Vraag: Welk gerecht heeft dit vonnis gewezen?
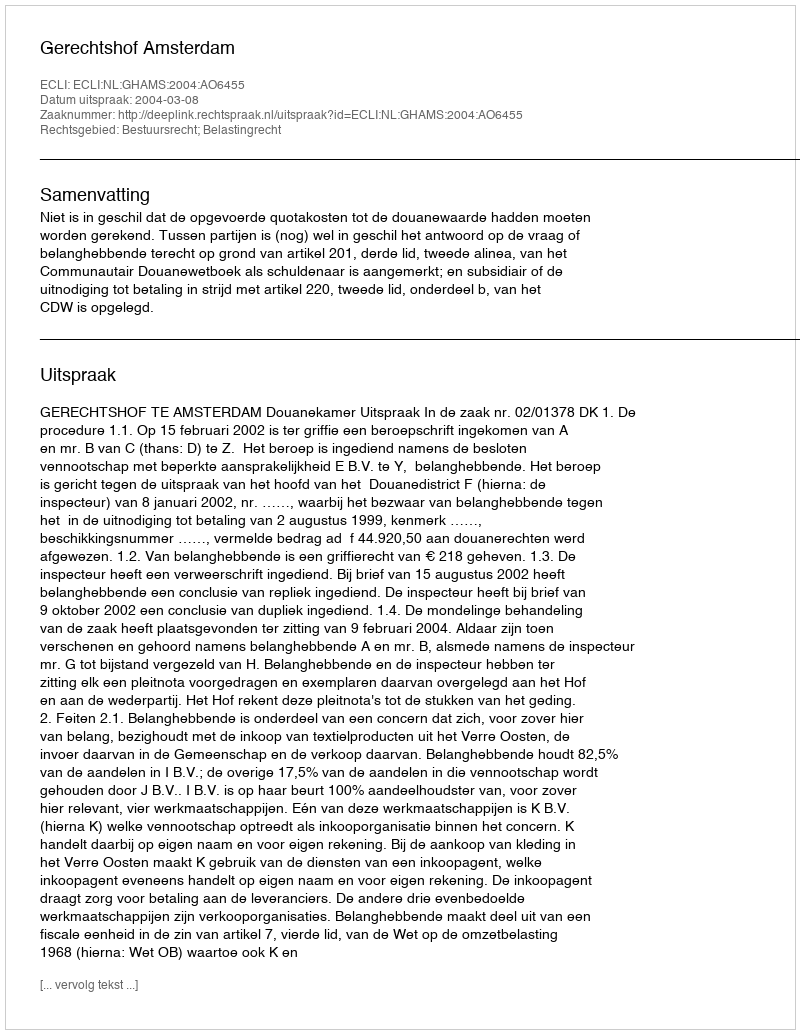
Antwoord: Gerechtshof Amsterdam